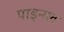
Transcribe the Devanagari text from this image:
पाइनल